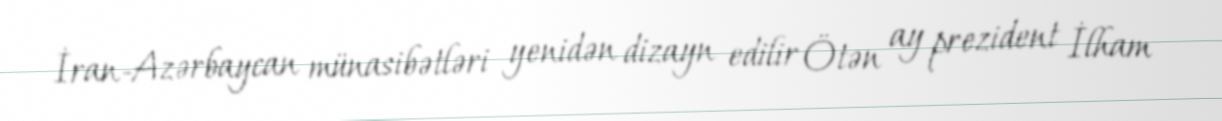
İran-Azərbaycan münasibətləri yenidən dizayn edilir Ötən ay prezident İlham